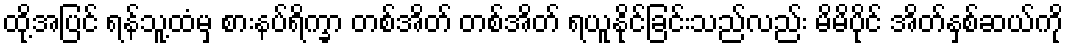
ထို့အပြင် ရန်သူ့ထံမှ စားနပ်ရိက္ခာ တစ်အိတ် တစ်အိတ် ရယူနိုင်ခြင်းသည်လည်း မိမိပိုင် အိတ်နှစ်ဆယ်ကို